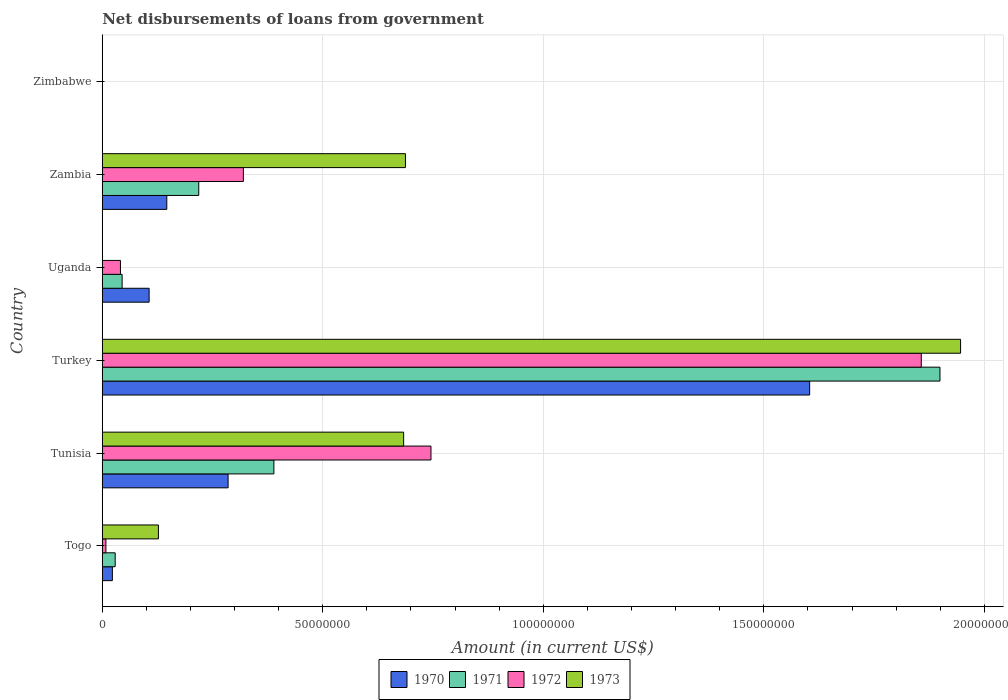
| Country | 1970 | 1971 | 1972 | 1973 |
 | --- | --- | --- | --- | --- |
 | Togo | 2.3e+06 | 2.94e+06 | 8.31e+05 | 1.27e+07 |
 | Tunisia | 2.85e+07 | 3.89e+07 | 7.45e+07 | 6.83e+07 |
 | Turkey | 1.6e+08 | 1.9e+08 | 1.86e+08 | 1.95e+08 |
 | Uganda | 1.06e+07 | 4.51e+06 | 4.13e+06 | -1.27e+06 |
 | Zambia | 1.46e+07 | 2.19e+07 | 3.2e+07 | 6.88e+07 |
 | Zimbabwe | -7.48e+05 | -7e+05 | -6.09e+05 | -4.94e+06 |